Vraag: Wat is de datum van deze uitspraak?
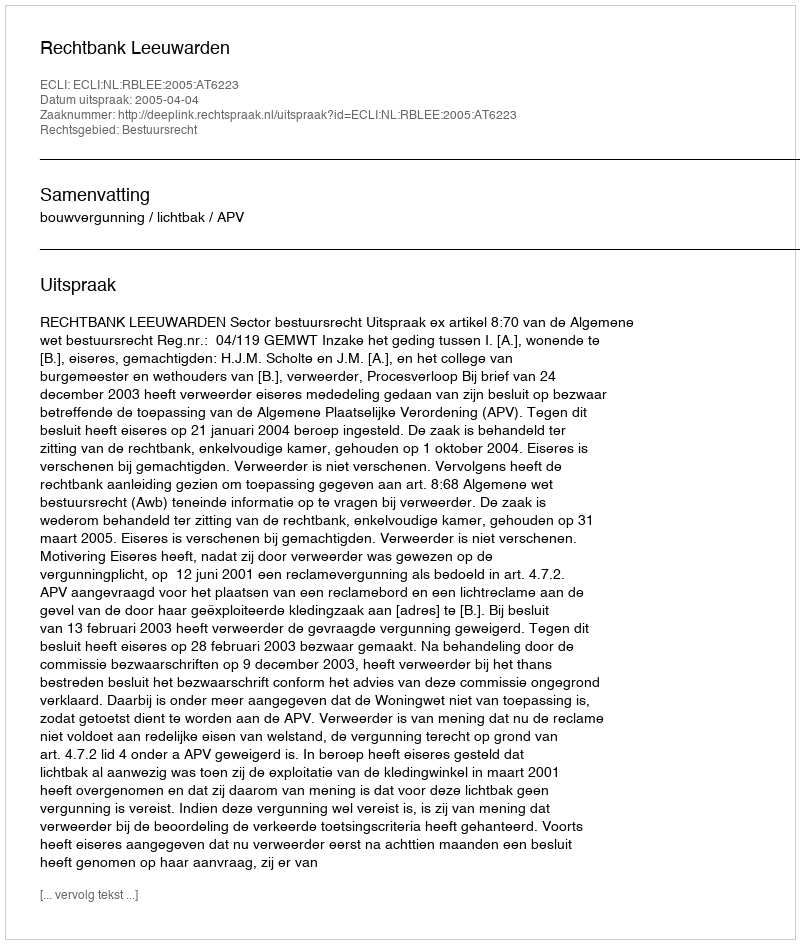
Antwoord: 2005-04-04